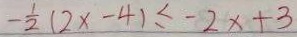
- \frac { 1 } { 2 } ( 2 x - 4 ) \leq - 2 x + 3